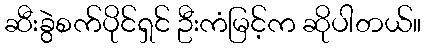
ဆီးခွဲစက်ပိုင်ရှင် ဦးကံမြင့်က ဆိုပါတယ်။